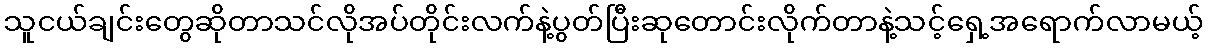
သူငယ်ချင်းတွေဆိုတာသင်လိုအပ်တိုင်းလက်နဲ့ပွတ်ပြီးဆုတောင်းလိုက်တာနဲ့သင့်ရှေ့အရောက်လာမယ့်